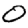
Digit: 0